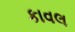
કાવલ